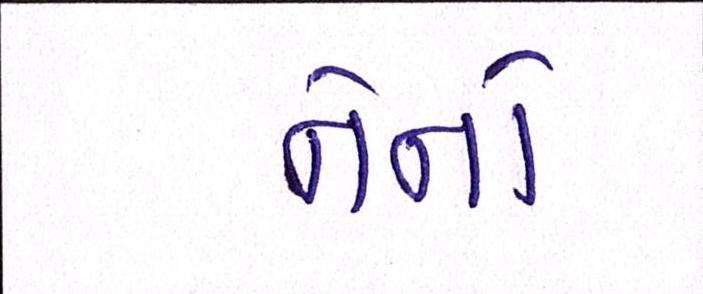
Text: નેનો